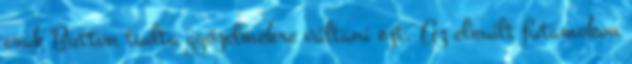
csak Button tudta győzelmekre váltani ezt. Az elmúlt futamokon